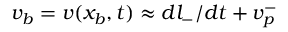
v _ { b } = v ( x _ { b } , t ) \approx d l _ { - } / d t + v _ { p } ^ { - }